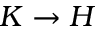
K \rightarrow H